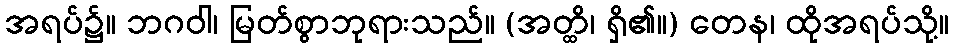
အရပ်၌။ ဘဂဝါ၊ မြတ်စွာဘုရားသည်။ (အတ္ထိ၊ ရှိ၏။) တေန၊ ထိုအရပ်သို့။